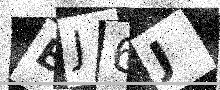
Text: EJ6J